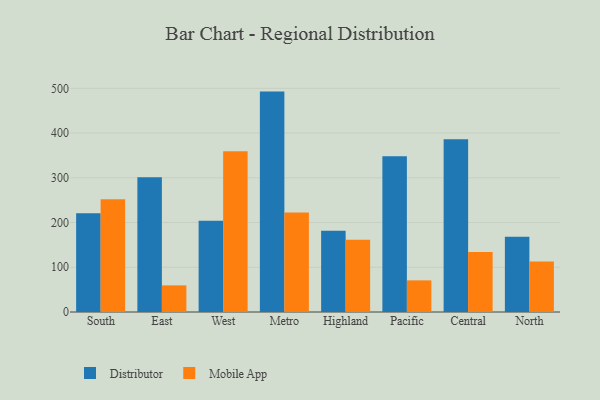
{"axis": {"x": "Region", "y": "Website Visitors"}, "legend": ["Distributor", "Mobile App"], "data": [{"x": "South", "y": 220.6, "type": "Distributor"}, {"x": "South", "y": 252.2, "type": "Mobile App"}, {"x": "East", "y": 301.5, "type": "Distributor"}, {"x": "East", "y": 59.5, "type": "Mobile App"}, {"x": "West", "y": 203.8, "type": "Distributor"}, {"x": "West", "y": 359.5, "type": "Mobile App"}, {"x": "Metro", "y": 492.7, "type": "Distributor"}, {"x": "Metro", "y": 222.4, "type": "Mobile App"}, {"x": "Highland", "y": 181.7, "type": "Distributor"}, {"x": "Highland", "y": 161.7, "type": "Mobile App"}, {"x": "Pacific", "y": 348.2, "type": "Distributor"}, {"x": "Pacific", "y": 70.7, "type": "Mobile App"}, {"x": "Central", "y": 386.4, "type": "Distributor"}, {"x": "Central", "y": 134.1, "type": "Mobile App"}, {"x": "North", "y": 168.0, "type": "Distributor"}, {"x": "North", "y": 112.9, "type": "Mobile App"}]}